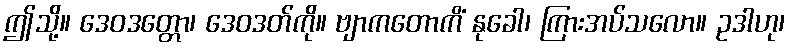
ဤသို့။ ဒေဝဒတ္တော၊ ဒေဝဒတ်ကို။ ဗျာကတောကိံ နုခေါ၊ ကြားအပ်သလော။ ဥဒါဟု၊